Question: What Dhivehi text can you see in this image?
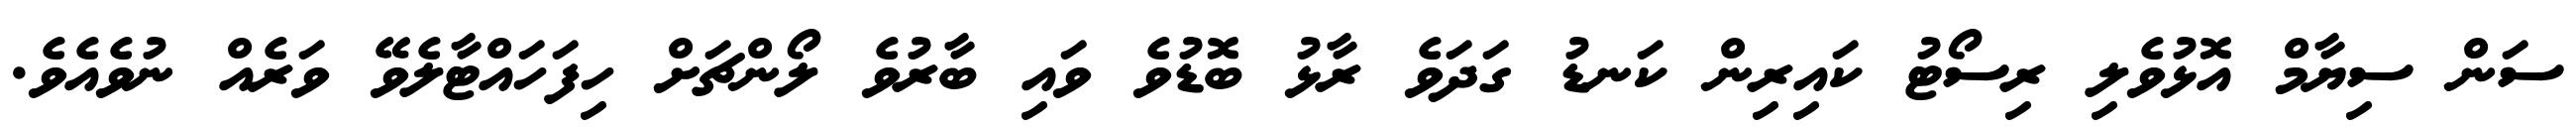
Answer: ސަން ސިޔާމް އޮޅުވެލި ރިސޯޓު ކައިރިން ކަނޑު ގަދަވެ ރާޅު ބޮޑުވެ ވައި ބާރުވެ ލޯންޗަށް ހިފަހައްޓާލެވޭ ވަރެއް ނުވެއެވެ.